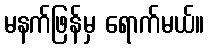
မနက်ဖြန်မှ ရောက်မယ်။